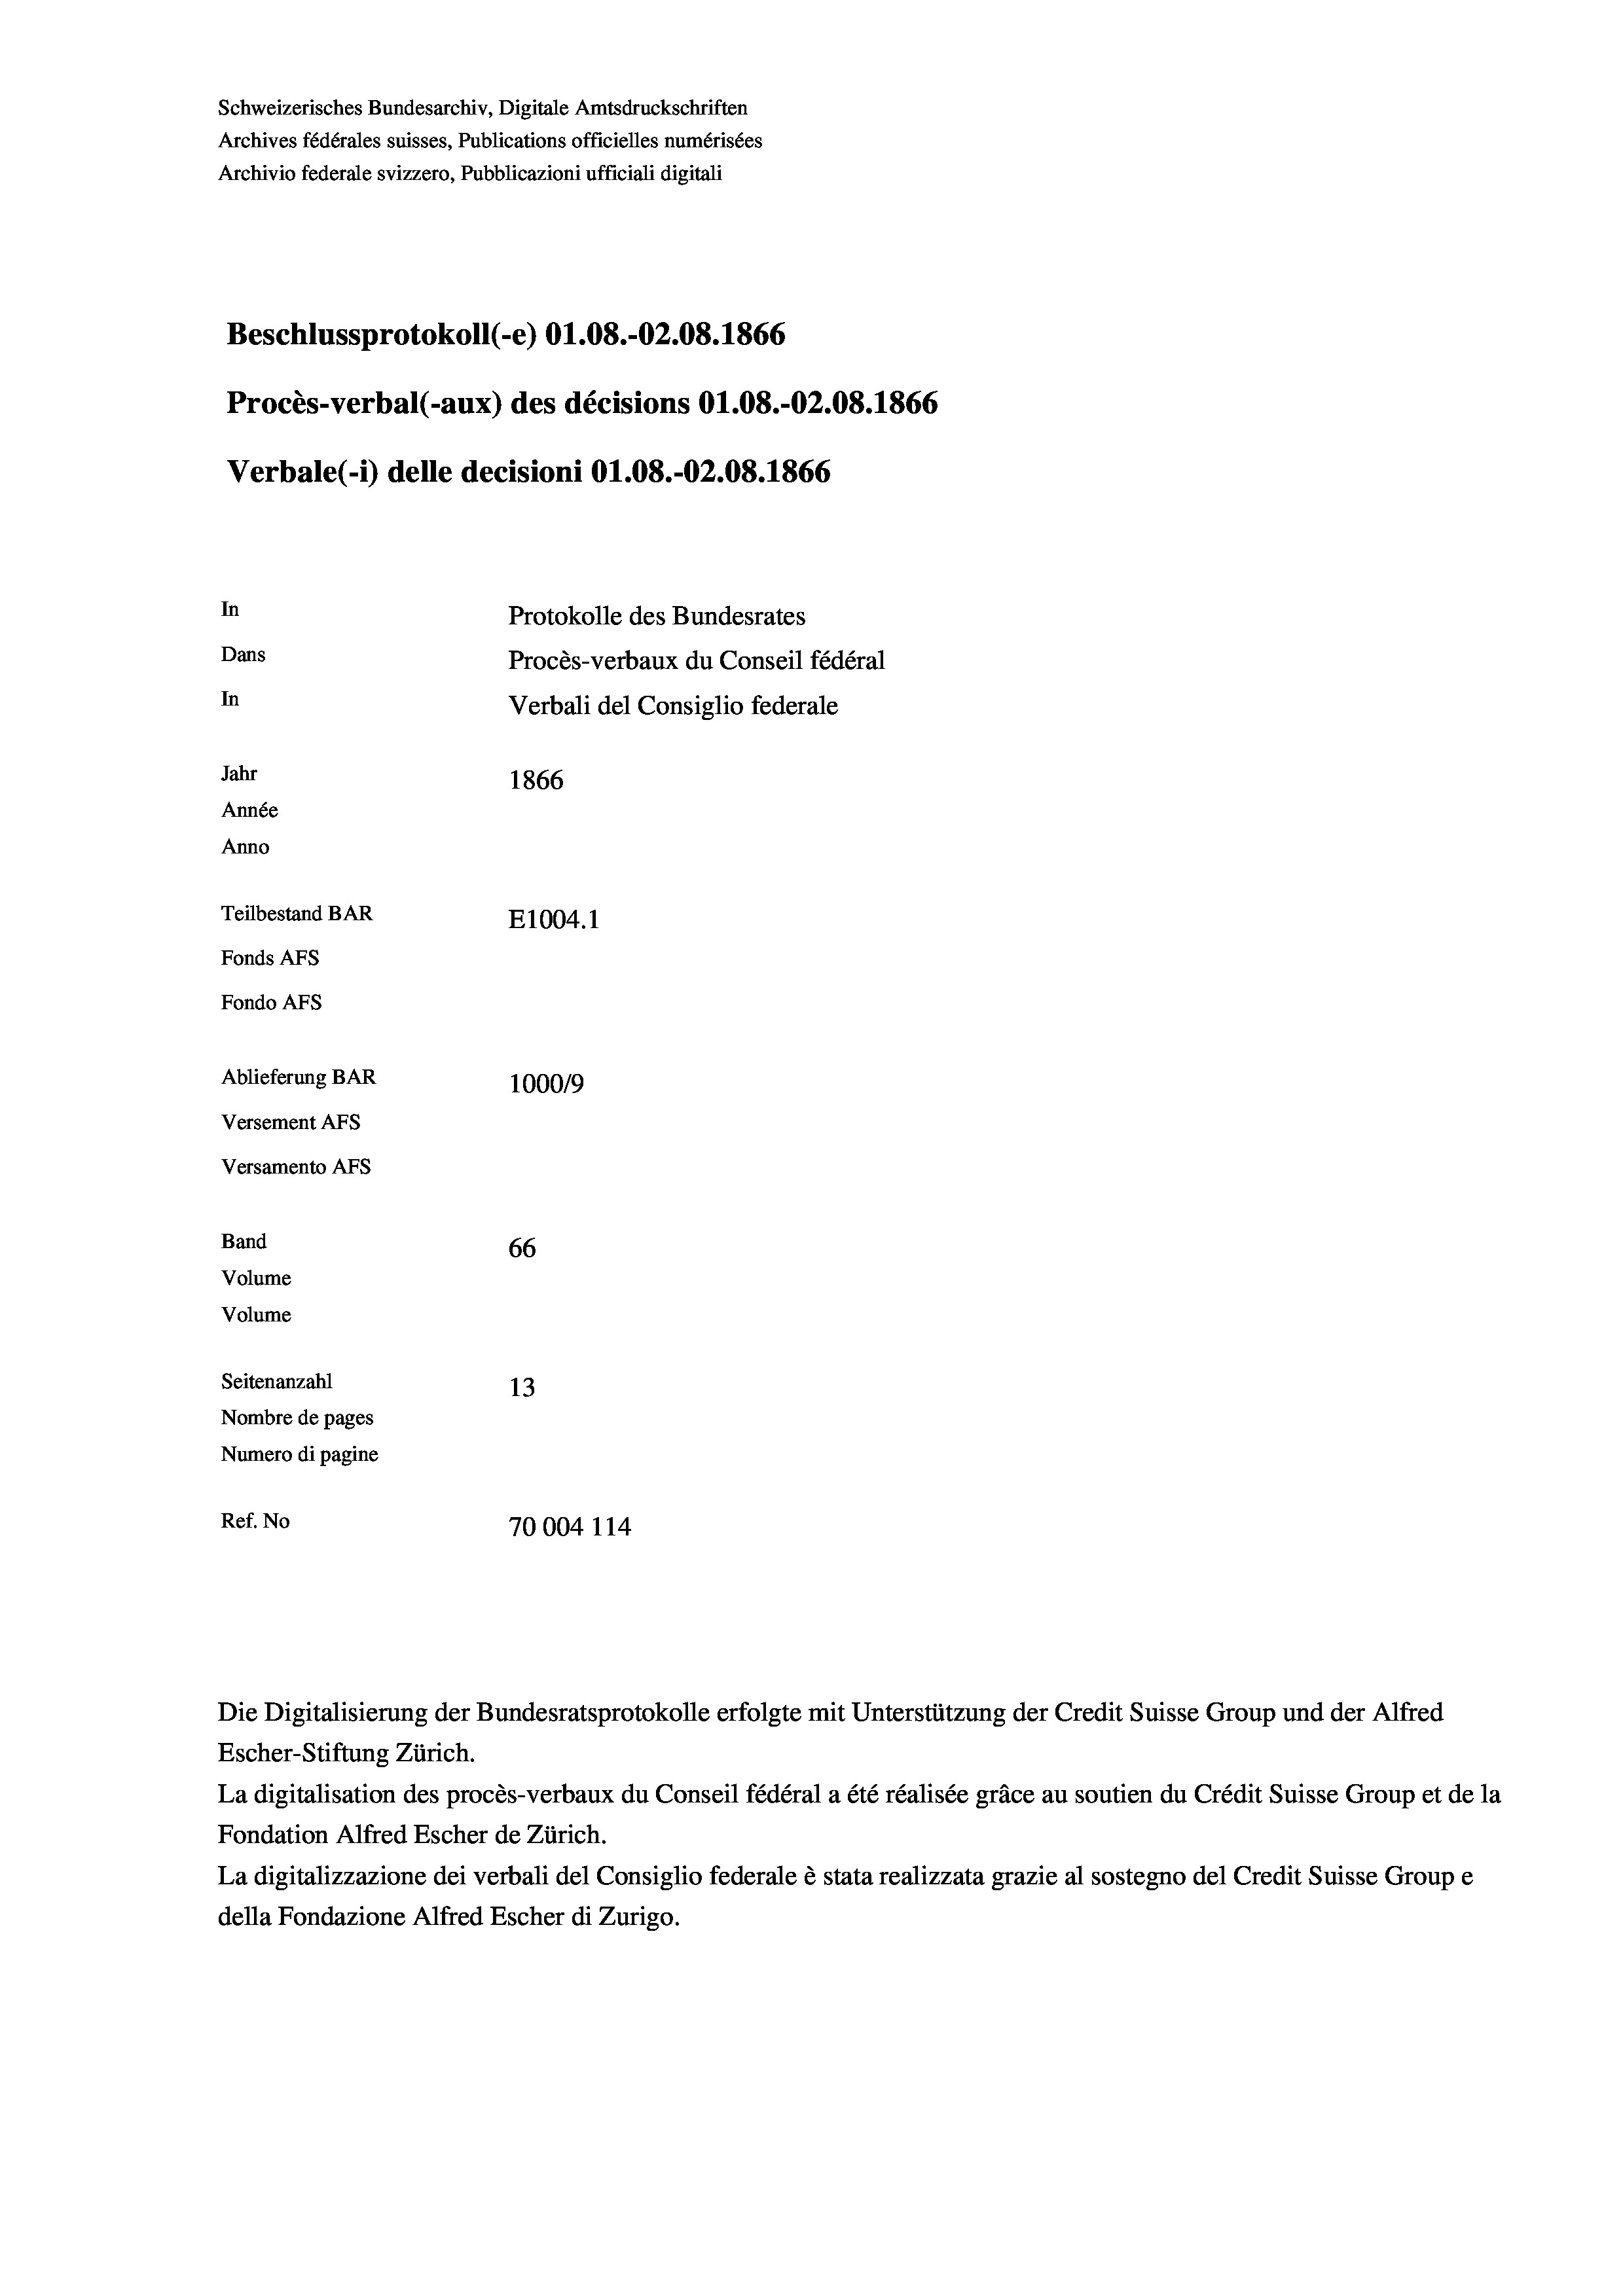
Schweizerisches Bundesarchiv, Digitale Amtsdruckschriften
Archives fédérales suisses, Publications officielles numérisées
Archivio federale svizzero, Pubblicazioni ufficiali digitali
Beschlussprotokoll (-e) 01.08.-02.08. 1866
Procès-verbal (-aux) des décisions O1.08.-O2.08. 1866
Verbale(*) delle decisioni O1.08.-02.08. 1866
In
Protokolle des Bundesrates
Dans
Procès-verbaux du Conseil fédéral
In
Verbali del Consiglio federale
Jahr
1866
Année
Anno
Teilbestand BAR
E1004.1
Fonds AFs
Fondo AFS
Ablieferung BAR
100019
Versement AFs
Versamento AFs
Band
66
Volume
Volume
Seitenanzahl
13
Nombre de pages
Numero di pagine
Ref. No
70004 114

Escher-Stiftung Zürich.
La digitalisation des procès-verbaux du Conseil fédéral a été réalisée gräce au soutien du Crédit Suisse Group et de la
Fondation Alfred Escher de Zürich.
La digitalizzazione dei verbali del Consiglio federale è stata realizzata grazie al sostegno del Credit Suisse Groupe
della Fondazione Alfred Escher di Zurigo.

Die Digitalisierung der Bundesratsprotokolle erfolgte mit Unterstützung der Credit Suisse Group und der Alfred